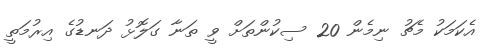
އެކަމަކު މެޗު ނިމެން 20 ސިކުންތަށް ވީ ތަނާ ގަލޮޅު ދަނޑުގެ އިރުމަތީ